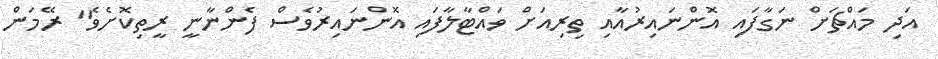
އަދި މައްޗަށް ނަގާފައި އޮންނައިރުއާއި ތިރިއަށް ވައްޓާލާފައި އޮންނައިރުވެސް ފެންނާނީ ރީތިކޮށެވެ" ރޭމަން